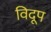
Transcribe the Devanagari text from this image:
विदूप